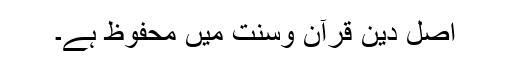
اصل دین قرآن وسنت میں محفوظ ہے۔